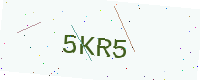
Text: 5KR5